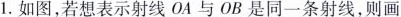
1.如图，若想表示射线OA与OB是同一条射线，则画